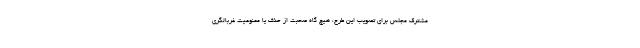
مشترک مجلس برای تصویب این طرح، هیچ گاه صحبت از حذف یا ممنوعیت غربالگری